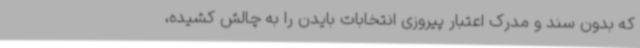
که بدون سند و مدرک اعتبار پیروزی انتخابات بایدن را به چالش کشیده،